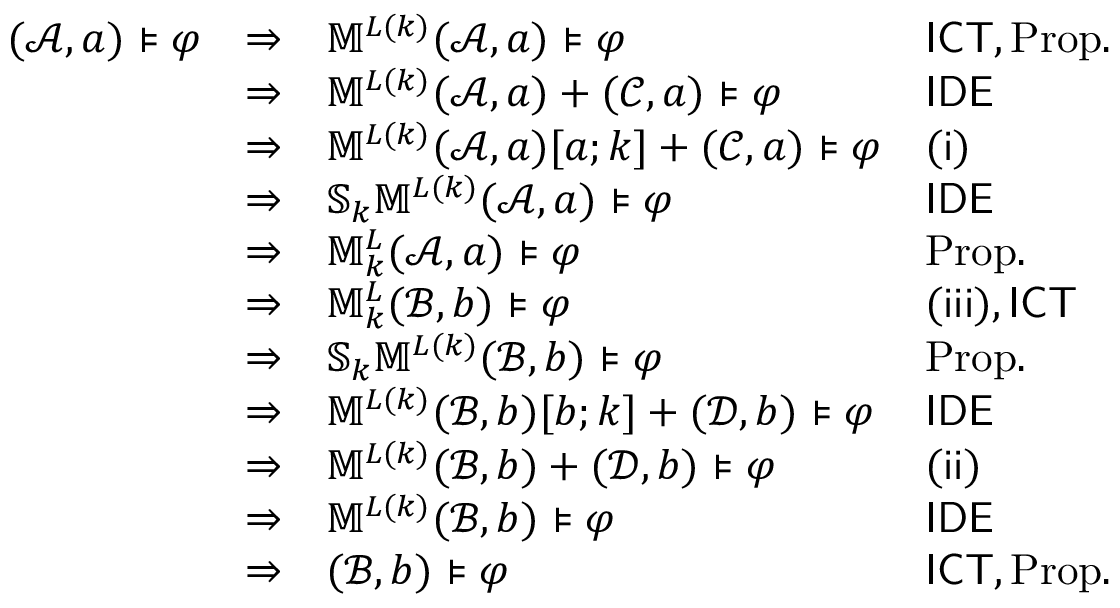
\begin{array} { r } { \begin{array} { l l l l } { ( \mathcal { A } , a ) \models \varphi } & { \Rightarrow } & { \mathbb { M } ^ { L ( k ) } ( \mathcal { A } , a ) \models \varphi } & { \mathsf { I C T } , \mathrm { P r o p . } } \\ & { \Rightarrow } & { \mathbb { M } ^ { L ( k ) } ( \mathcal { A } , a ) + ( \mathcal { C } , a ) \models \varphi } & { \mathsf { I D E } } \\ & { \Rightarrow } & { \mathbb { M } ^ { L ( k ) } ( \mathcal { A } , a ) [ a ; k ] + ( \mathcal { C } , a ) \models \varphi } & { ( \mathsf { i } ) } \\ & { \Rightarrow } & { \mathbb { S } _ { k } \mathbb { M } ^ { L ( k ) } ( \mathcal { A } , a ) \models \varphi } & { \mathsf { I D E } } \\ & { \Rightarrow } & { \mathbb { M } _ { k } ^ { L } ( \mathcal { A } , a ) \models \varphi } & { \mathrm { P r o p . } } \\ & { \Rightarrow } & { \mathbb { M } _ { k } ^ { L } ( \mathcal { B } , b ) \models \varphi } & { \mathsf { ( i i i ) , \mathsf { I C T } } } \\ & { \Rightarrow } & { \mathbb { S } _ { k } \mathbb { M } ^ { L ( k ) } ( \mathcal { B } , b ) \models \varphi } & { \mathrm { P r o p . } } \\ & { \Rightarrow } & { \mathbb { M } ^ { L ( k ) } ( \mathcal { B } , b ) [ b ; k ] + ( \mathcal { D } , b ) \models \varphi } & { \mathsf { I D E } } \\ & { \Rightarrow } & { \mathbb { M } ^ { L ( k ) } ( \mathcal { B } , b ) + ( \mathcal { D } , b ) \models \varphi } & { \mathsf { ( i i ) } } \\ & { \Rightarrow } & { \mathbb { M } ^ { L ( k ) } ( \mathcal { B } , b ) \models \varphi } & { \mathsf { I D E } } \\ & { \Rightarrow } & { ( \mathcal { B } , b ) \models \varphi } & { \mathsf { I C T } , \mathrm { P r o p . } } \end{array} } \end{array}